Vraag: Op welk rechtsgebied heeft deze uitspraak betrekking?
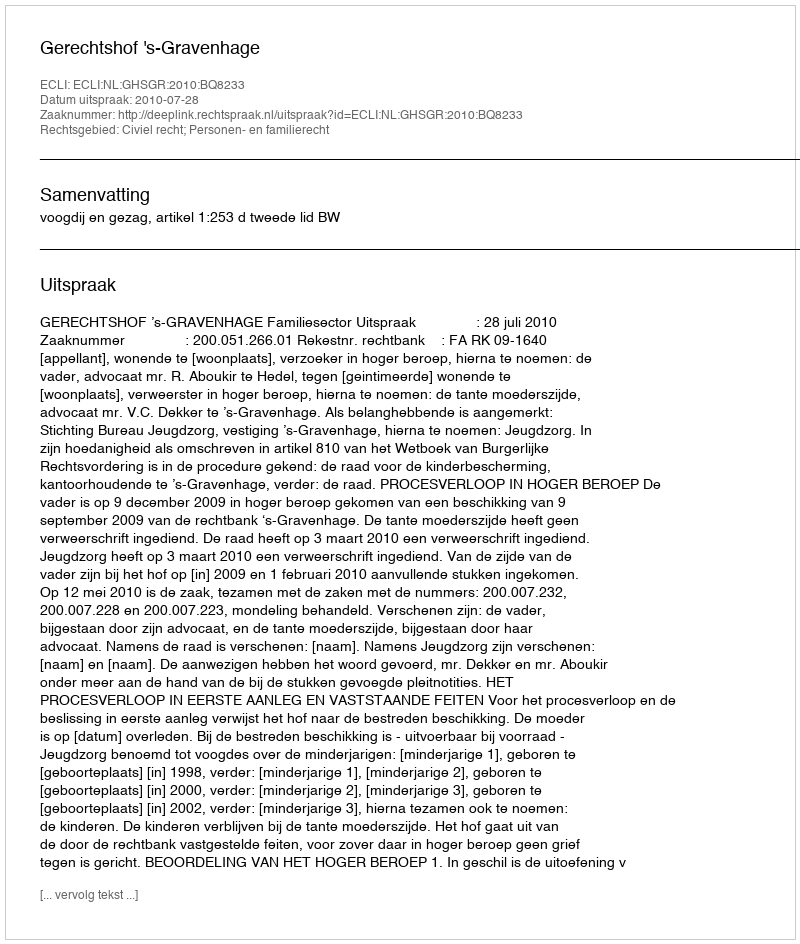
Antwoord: Civiel recht; Personen- en familierecht